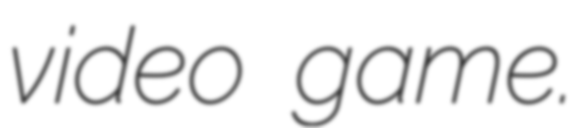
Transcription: video game.